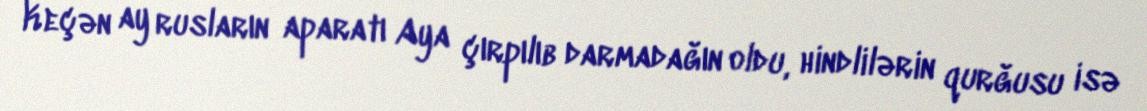
Keçən ay rusların aparatı Aya çırpılıb darmadağın oldu, hindlilərin qurğusu isə